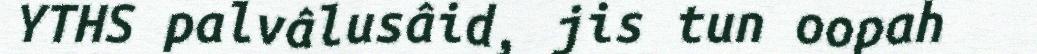
YTHS palvâlusâid, jis tun oopah